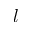
l